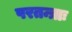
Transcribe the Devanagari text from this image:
परतन्त्राः